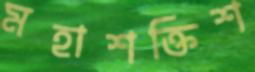
মহাশক্তিশ